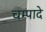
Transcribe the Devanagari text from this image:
चम्पादे